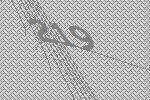
219